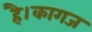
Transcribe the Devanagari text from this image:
है।कागज